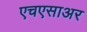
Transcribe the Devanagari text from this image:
एचएसाअर